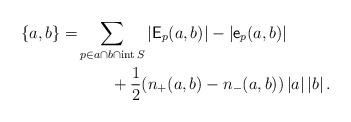
LaTeX: \begin{align*} \{a,b\}=&\sum_{p\in a\cap b \cap \operatorname{int}S}\left|\mathsf{E}_p(a,b)\right|-\left|\mathsf{e}_p(a,b)\right|\\&\qquad+\frac{1}{2}(n_{+}(a,b)-n_{-}(a,b))\left|a\right|\left|b\right|.\end{align*}